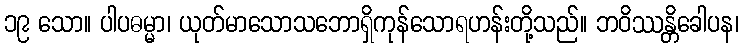
၁၉ သော။ ပါပဓမ္မာ၊ ယုတ်မာသောသဘောရှိကုန်သောရဟန်းတို့သည်။ ဘဝိဿန္တိခေါပန၊